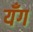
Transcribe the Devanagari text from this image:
यँग